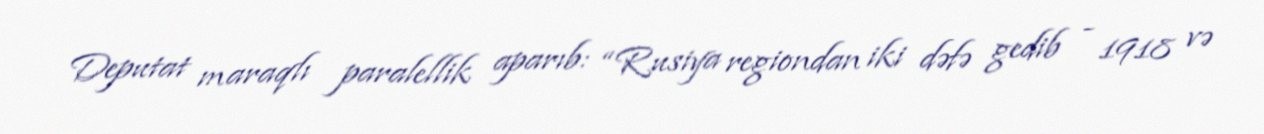
Deputat maraqlı paralellik aparıb: “Rusiya regiondan iki dəfə gedib - 1918 və